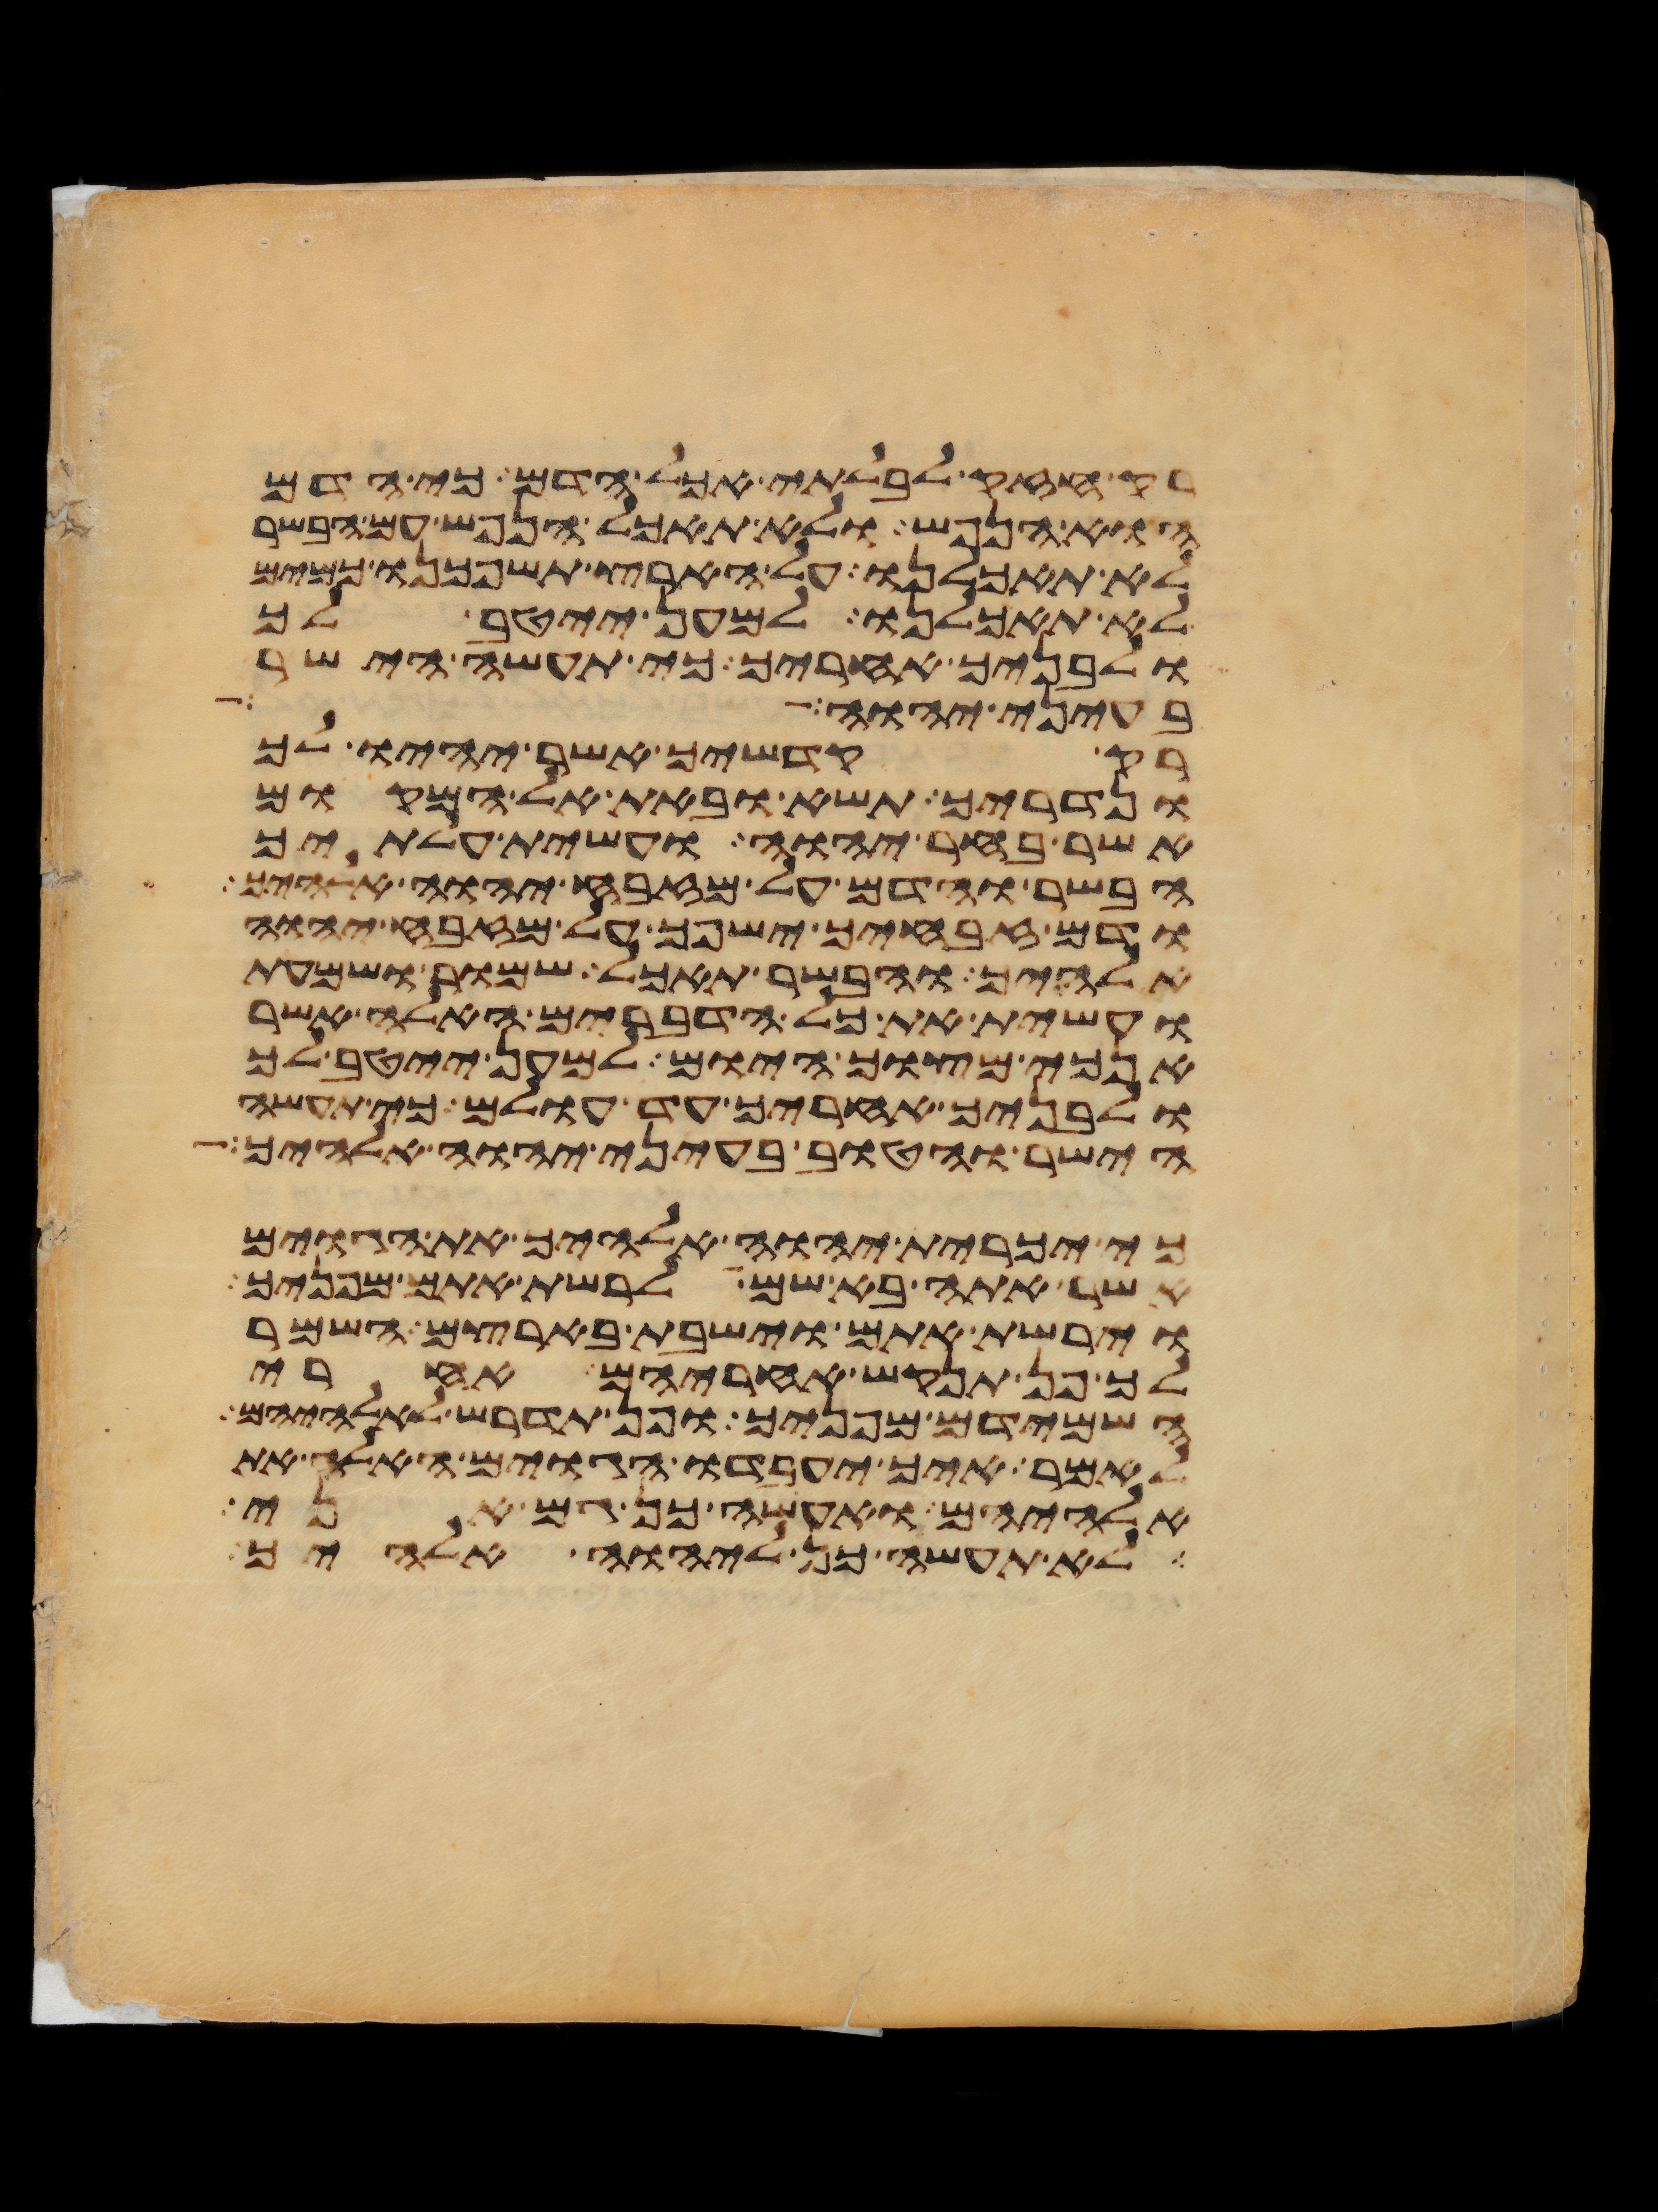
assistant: רק חזק לבלתי אכל הדם כי הדם
הוא הנפש ולא תאכל הנפש עם הבשר
לא תאכלנו על הארץ תשפכנו כמים
לא תאכלנו למען ייטב לך
ולבניך אחריך כי תעשה הישר
בעיני יהוה
רק קדשיך אשר יהיו לך
ונדריך תשא ובאת אל המקום
אשר בחר יהוה ועשית עלתיך
הבשר והדם על מזבח יהוה אלהיך
ודם זבחיך ישפך על מזבח יהוה
אלהיך והבשר תאכל שמור ושמעת
ועשית את כל הדברים האלה אשר
אנכי מצוך היום למען ייטב לך
ולבניך אחריך עד עולם כי תעשה
הישר והטוב בעיני יהוה אלהיך
כי יכרית יהוה אלהיך את הגוים
אשר אתה בא שם לרשת אתם מפניך
וירשת אתם וישבת בארצם השמר
לך פן תנקש אחריהם אחרי
השמידם מפניך ופן תדרש לאלהיהם
לאמר איך יעבדו הגוים האלה את
אלהיהם ואעשה כן גם אני
לא תעשה כן ליהוה אלהיך